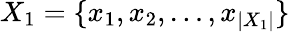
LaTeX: X_{1}=\{ x_{1},x_{2},\ldots,x_{|X_{1}|}\}